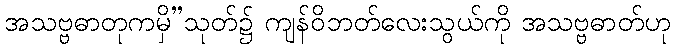
အသဗ္ဗဓာတုကမှိ”သုတ်၌ ကျန်ဝိဘတ်လေးသွယ်ကို အသဗ္ဗဓာတ်ဟု